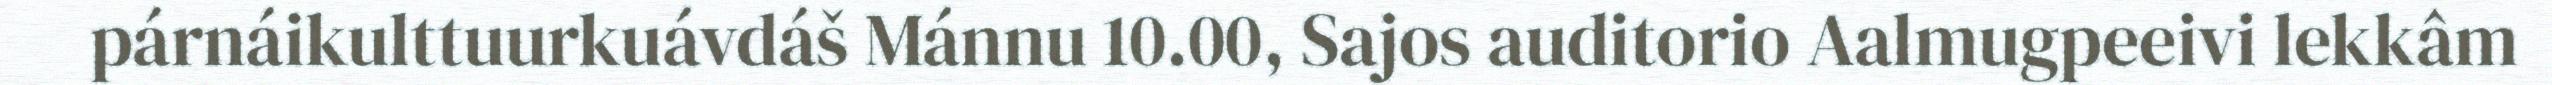
párnáikulttuurkuávdáš Mánnu 10.00, Sajos auditorio Aalmugpeeivi lekkâm